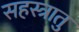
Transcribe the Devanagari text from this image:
सहस्त्रातु